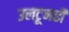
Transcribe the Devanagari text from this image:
उलटूनही